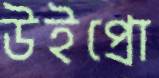
উইপ্রো